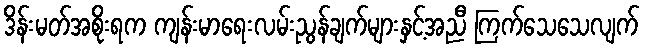
ဒိန်းမတ်အစိုးရက ကျန်းမာရေးလမ်းညွန်ချက်များနှင့်အညီ ကြက်သေသေလျက်